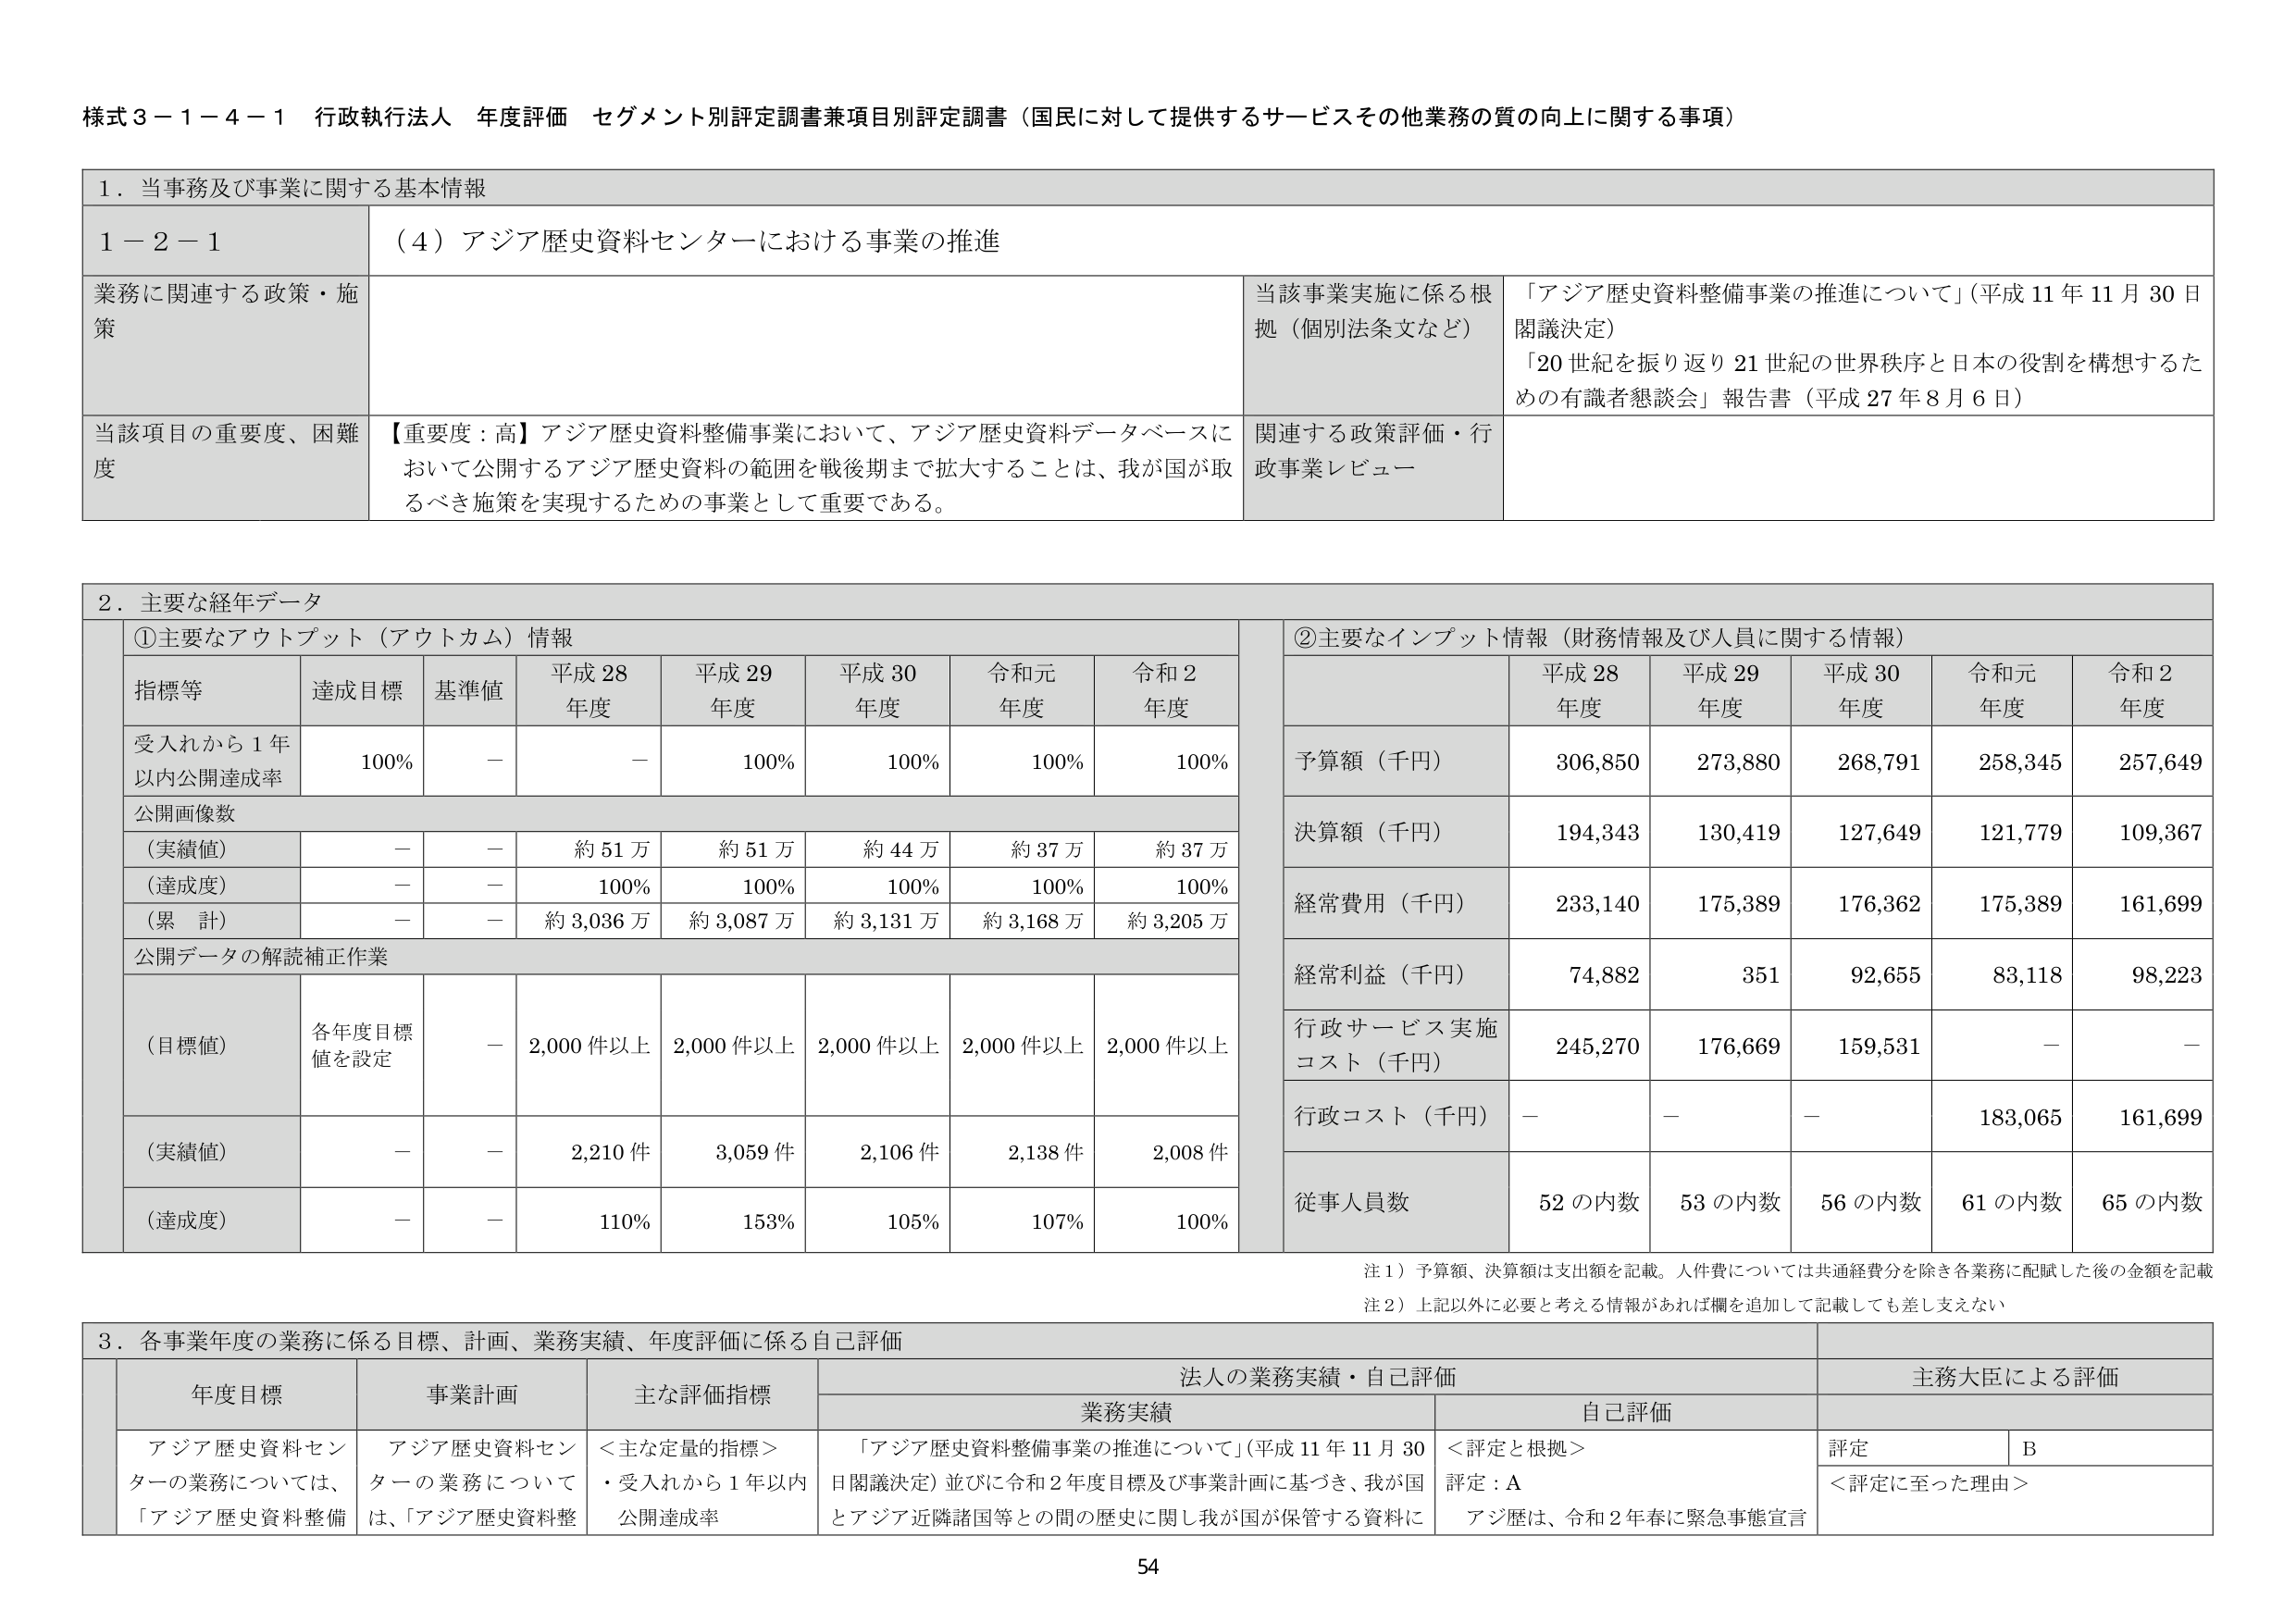
様式３－１－４－１ 行政執行法人 年度評価 セグメント別評定調書兼項目別評定調書（国民に対して提供するサービスその他業務の質の向上に関する事項）

１．当事務及び事業に関する基本情報

１－２－１ （４）アジア歴史資料センターにおける事業の推進

業務に関連する政策・施策
当該事業実施に係る根拠（個別法条文など）
「アジア歴史資料整備事業の推進について」（平成11年11月30日閣議決定）
「20世紀を振り返り21世紀の世界秩序と日本の役割を構想するための有識者懇談会」報告書（平成27年8月6日）

当該項目の重要度、困難度
【重要度：高】アジア歴史資料整備事業において、アジア歴史資料データベースにおいて公開するアジア歴史資料の範囲を戦後期まで拡大することは、我が国が取るべき施策を実現するための事業として重要である。
関連する政策評価・行政事業レビュー

２．主要な経年データ

①主要なアウトプット（アウトカム）情報

指標等 達成目標 基準値 平成28年度 平成29年度 平成30年度 令和元年度 令和2年度
受入れから1年以内公開達成率 100% － － 100% 100% 100% 100%
公開画像数
（実績値） － － 約51万 約51万 約44万 約37万 約37万
（達成度） － － 100% 100% 100% 100% 100%
（累計） － － 約3,036万 約3,087万 約3,131万 約3,168万 約3,205万
公開データの解読補正作業
（目標値） 各年度目標値を設定 － 2,000件以上 2,000件以上 2,000件以上 2,000件以上 2,000件以上
（実績値） － － 2,210件 3,059件 2,106件 2,138件 2,008件
（達成度） － － 110% 153% 105% 107% 100%

②主要なインプット情報（財務情報及び人員に関する情報）

平成28年度 平成29年度 平成30年度 令和元年度 令和2年度
予算額（千円） 306,850 273,880 268,791 258,345 257,649
決算額（千円） 194,343 130,419 127,649 121,779 109,367
経常費用（千円） 233,140 175,389 176,362 175,389 161,699
経常利益（千円） 74,882 351 92,655 83,118 98,223
行政サービス実施コスト（千円） 245,270 176,669 159,531 － －
行政コスト（千円） － － － 183,065 161,699
従事人員数 52の内数 53の内数 56の内数 61の内数 65の内数

注１）予算額、決算額は支出額を記載。人件費については共通経費分を除き各業務に配賦した後の金額を記載
注２）上記以外に必要と考える情報があれば欄を追加して記載しても差し支えない

３．各事業年度の業務に係る目標、計画、業務実績、年度評価に係る自己評価

年度目標 事業計画 主な評価指標 法人の業務実績・自己評価 主務大臣による評価
業務実績 自己評価
アジア歴史資料センターの業務については、「アジア歴史資料整備 アジア歴史資料センターの業務については、「アジア歴史資料整 ＜主な定量的指標＞
・受入れから1年以内公開達成率 「アジア歴史資料整備事業の推進について」（平成11年11月30日閣議決定）並びに令和2年度目標及び事業計画に基づき、我が国とアジア近隣諸国等との間の歴史に関し我が国が保管する資料に ＜評定と根拠＞
評定：A アジ歴は、令和2年春に緊急事態宣言 評定 B
＜評定に至った理由＞

54